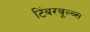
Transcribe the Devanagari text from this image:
टिंबरवूल्व्स